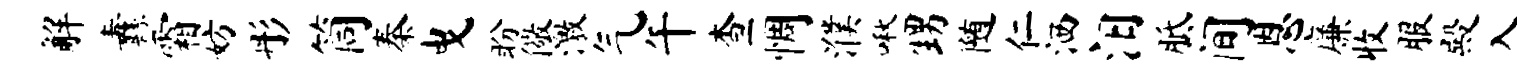
解纛霜妨彤筒秦曳盼儆激气午查惆濮啾甥随仁洒汨胝间恩廉收服殿入